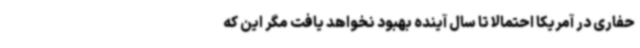
حفاری در آمریکا احتمالا تا سال آینده بهبود نخواهد یافت مگر این که